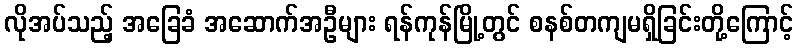
လိုအပ်သည့် အခြေခံ အဆောက်အဦများ ရန်ကုန်မြို့တွင် စနစ်တကျမရှိခြင်းတို့ကြောင့်